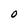
Character: O